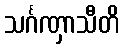
သင်္ဂဏှာသီတိ